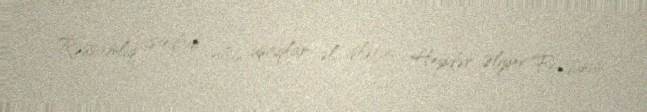
Rəssamlıq istedadı olan uşaqlar əl işlərini Heydər Əliyev Fondunun